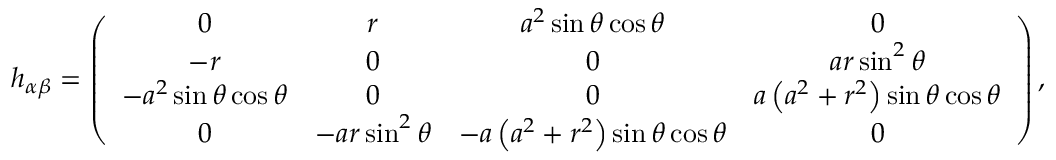
h _ { \alpha \beta } = \left( \begin{array} { c c c c } { 0 } & { r } & { a ^ { 2 } \sin \theta \cos \theta } & { 0 } \\ { - r } & { 0 } & { 0 } & { a r \sin ^ { 2 } \theta } \\ { - a ^ { 2 } \sin \theta \cos \theta } & { 0 } & { 0 } & { a \left( a ^ { 2 } + r ^ { 2 } \right) \sin \theta \cos \theta } \\ { 0 } & { - a r \sin ^ { 2 } \theta } & { - a \left( a ^ { 2 } + r ^ { 2 } \right) \sin \theta \cos \theta } & { 0 } \end{array} \right) ,